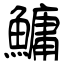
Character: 鱅